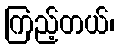
ကြည့်တယ်၊